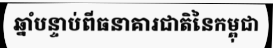
ឆ្នាំបន្ទាប់ពីធនាគារជាតិនៃកម្ពុជា